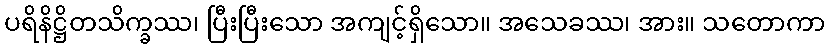
ပရိနိဋ္ဌိတသိက္ခဿ၊ ပြီးပြီးသော အကျင့်ရှိသော။ အသေခဿ၊ အား။ သတောကာ